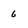
Character: 6